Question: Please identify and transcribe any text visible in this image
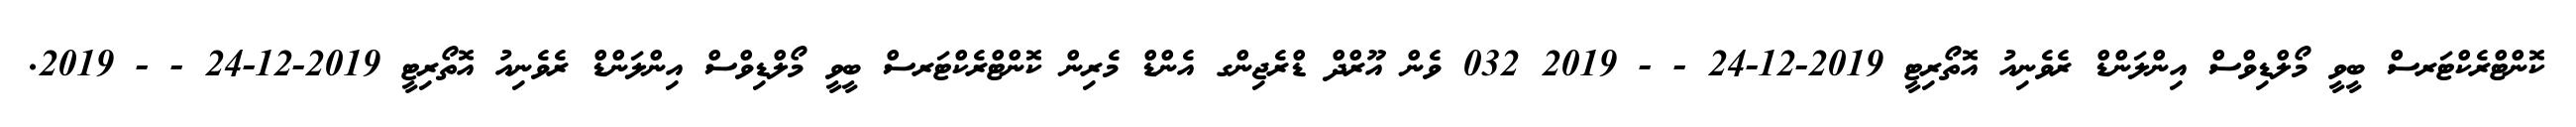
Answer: ކޮންޓްރެކްޓަރސް ބީވީ މޯލްޑިވްސް އިންލަންޑް ރެވެނިއު އޮތޯރިޓީ 2019-12-24 - - 2019 032 ވެން އޫރްދް ޑްރެޖިންގ އެންޑް މެރިން ކޮންޓްރެކްޓަރސް ބީވީ މޯލްޑިވްސް އިންލަންޑް ރެވެނިއު އޮތޯރިޓީ 2019-12-24 - - 2019.